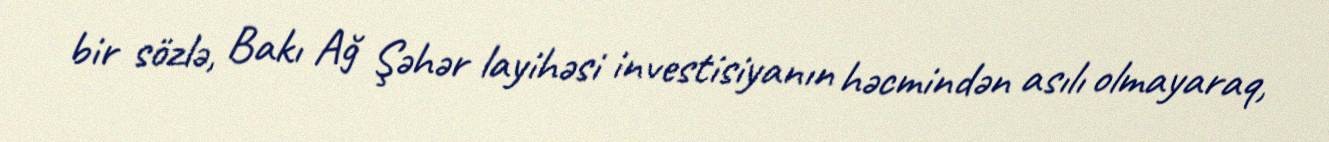
bir sözlə, Bakı Ağ Şəhər layihəsi investisiyanın həcmindən asılı olmayaraq,